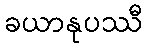
ခယာနုပဿီ